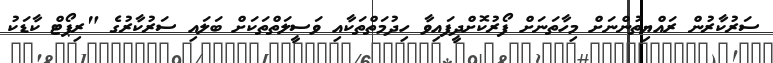
ސަރުކާރުން ރައްޔިތުންނަށް މިހާތަނަށް ފޯރުކޮށްދީފައިވާ ހިދުމަތްތަކާއި ވަސީލަތްތަކަށް ބަލައި ސަރުކާރުގެ "ރިޕޯޓް ކާޑަކު